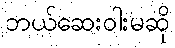
ဘယ်ဆေးဝါးမဆို